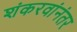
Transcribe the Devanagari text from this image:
शंकरवांनंतर